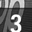
Digit: 3